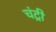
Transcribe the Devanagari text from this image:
चंट्री